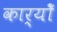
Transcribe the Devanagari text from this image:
कार्योँ